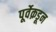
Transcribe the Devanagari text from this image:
पूर्वेक़डून